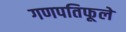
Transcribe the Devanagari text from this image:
गणपतिफूले